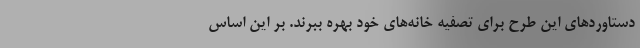
دستاوردهای این طرح برای تصفیه خانه‌های خود بهره ببرند. بر این اساس